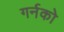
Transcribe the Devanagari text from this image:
गर्नको